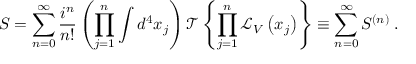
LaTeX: S = \sum _ { n = 0 } ^ { \infty } { \frac { i ^ { n } } { n ! } } \left( \prod _ { j = 1 } ^ { n } \int d ^ { 4 } x _ { j } \right) { \mathcal { T } } \left\{ \prod _ { j = 1 } ^ { n } { \mathcal { L } } _ { V } \left( x _ { j } \right) \right\} \equiv \sum _ { n = 0 } ^ { \infty } S ^ { ( n ) } \; .